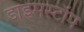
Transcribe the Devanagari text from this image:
डाइमस्टॉप